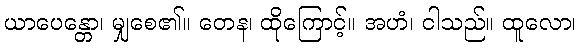
ယာပေန္တော၊ မျှစေ၏။ တေန၊ ထိုကြောင့်။ အဟံ၊ ငါသည်။ ထူလော၊